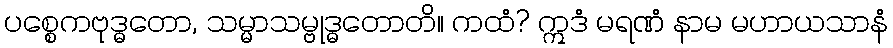
ပစ္စေကဗုဒ္ဓတော, သမ္မာသမ္ဗုဒ္ဓတောတိ။ ကထံ? ဣဒံ မရဏံ နာမ မဟာယသာနံ